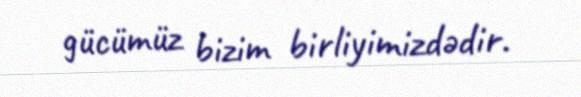
gücümüz bizim birliyimizdədir.